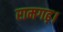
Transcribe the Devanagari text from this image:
रामगढ़।